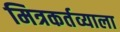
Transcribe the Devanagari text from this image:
मित्रकर्तव्याला